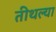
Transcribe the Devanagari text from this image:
तीथल्या